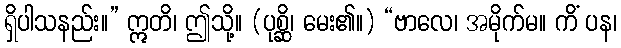
ရှိပါသနည်း။” ဣတိ၊ ဤသို့။ (ပုစ္ဆိ၊ မေး၏။) “ဗာလေ၊ အမိုက်မ။ ကိံ ပန၊